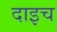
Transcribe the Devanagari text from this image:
दाइच